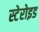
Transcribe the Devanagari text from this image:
स्टेरोइड